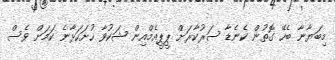
މިބަޔާނާ ބެހޭ ގޮތުން ކެނެޑާ ސަރުކާރަށް ޕީޕީއެމްއިން ޝަކުވާ ހުށަހަޅާނެ ކަމަށް ވެސް